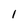
Character: 1